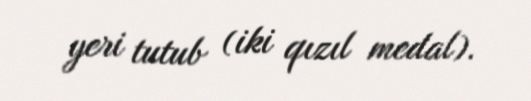
yeri tutub (iki qızıl medal).